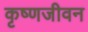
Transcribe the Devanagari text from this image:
कृष्णजीवन